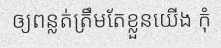
ឲ្យពន្លត់ត្រឹមតែខ្លួនយើង កុំ